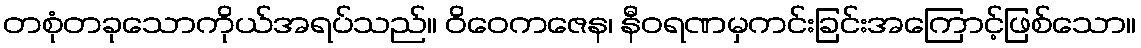
တစုံတခုသောကိုယ်အရပ်သည်။ ဝိဝေကဇေန၊ နီဝရဏမှကင်းခြင်းအကြောင့်ဖြစ်သော။